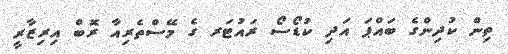
ތިން ކުދިންގެ ބައްޕަ އަދި ކުޑޯސޯ ރައުޓަރ ގެ މޭސްތެރިއާ ރޮބް އިރިޒާރީ